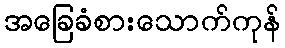
အခြေခံစားသောက်ကုန်